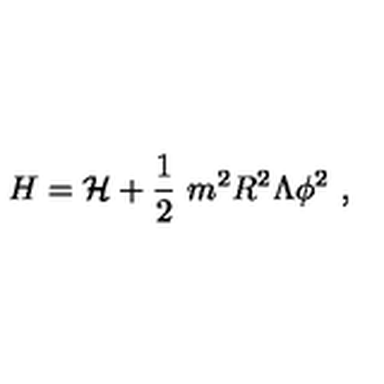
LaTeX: H = { \cal H } + \frac { 1 } { 2 } \ m ^ { 2 } R ^ { 2 } \Lambda \phi ^ { 2 } \ ,